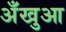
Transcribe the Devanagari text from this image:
अँखुआ